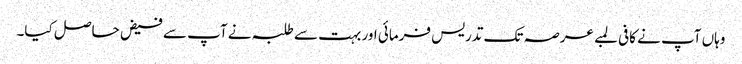
وہاں آپ نے کافی لمبے عرصہ تک تدریس فرمائی اور بہت سے طلبہ نے آپ سے فیض حاصل کیا۔